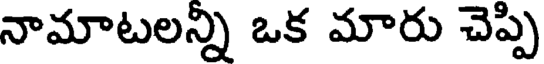
నామాటలన్ని ఒక మారు చెప్పి